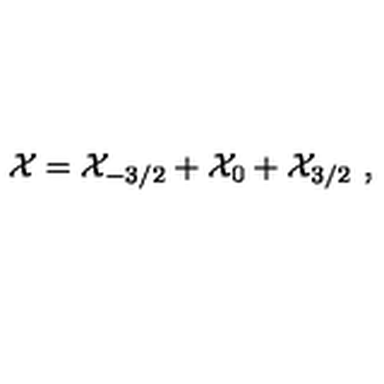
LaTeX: { \cal X } = { \cal X } _ { - 3 / 2 } + { \cal X } _ { 0 } + { \cal X } _ { 3 / 2 } \ ,